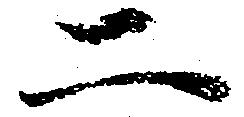
二